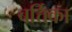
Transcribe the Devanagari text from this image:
बर्त्तिका